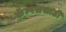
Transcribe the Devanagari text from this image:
कॅम्पससाठी